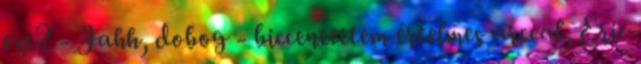
ezt? - Jahh, dobog - biccentettem értelmes arccal, Eric